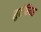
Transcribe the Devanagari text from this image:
सुटोरियस